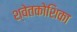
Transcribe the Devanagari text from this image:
श्वेतकोशिका